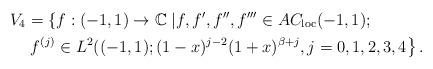
LaTeX: \begin{align*}V_{4} & =\left\{ f:(-1,1)\rightarrow\mathbb{C\mid}f,f^{\prime},f^{\prime\prime},f^{\prime\prime\prime}\in AC_{\mathrm{loc}}(-1,1);\right.\\& \left. f^{(j)}\in L^{2}((-1,1);(1-x)^{j-2}(1+x)^{\beta+j},\text{}j=0,1,2,3,4\right\} .\end{align*}